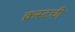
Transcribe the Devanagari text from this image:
क्रस्टची